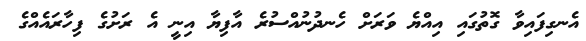
އެނގިފައިވާ ގޮތުގައި އިއްޔެ ވަރަށް ހެނދުނުއްސުރެ އާފިޔާ އިނީ އެ ރަށުގެ ފިހާރައެއްގެ